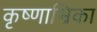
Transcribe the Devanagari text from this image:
कृष्णाभ्रिका